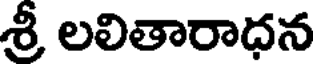
శ్రీ లలితారాధన